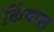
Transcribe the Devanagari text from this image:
किंवाल